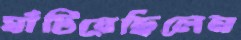
ঘাঁটিয়েছিলেন